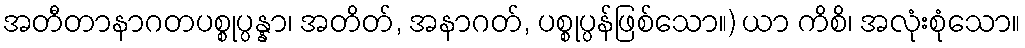
အတီတာနာဂတပစ္စုပ္ပန္နာ၊ အတိတ်, အနာဂတ်, ပစ္စုပ္ပန်ဖြစ်သော။) ယာ ကိစိ၊ အလုံးစုံသော။